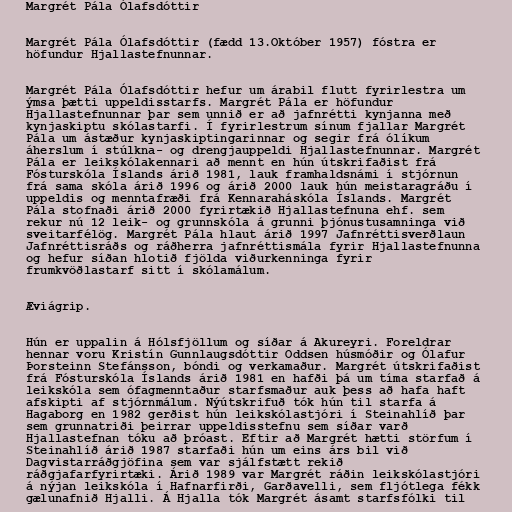
Margrét Pála Ólafsdóttir

Margrét Pála Ólafsdóttir (fædd 13.Október 1957) fóstra er
höfundur Hjallastefnunnar.

Margrét Pála Ólafsdóttir hefur um árabil flutt fyrirlestra um
ýmsa þætti uppeldisstarfs. Margrét Pála er höfundur
Hjallastefnunnar þar sem unnið er að jafnrétti kynjanna með
kynjaskiptu skólastarfi. Í fyrirlestrum sínum fjallar Margrét
Pála um ástæður kynjaskiptingarinnar og segir frá ólíkum
áherslum í stúlkna- og drengjauppeldi Hjallastefnunnar. Margrét
Pála er leikskólakennari að mennt en hún útskrifaðist frá
Fósturskóla Íslands árið 1981, lauk framhaldsnámi í stjórnun
frá sama skóla árið 1996 og árið 2000 lauk hún meistaragráðu í
uppeldis og menntafræði frá Kennaraháskóla Íslands. Margrét
Pála stofnaði árið 2000 fyrirtækið Hjallastefnuna ehf. sem
rekur nú 12 leik- og grunnskóla á grunni þjónustusamninga við
sveitarfélög. Margrét Pála hlaut árið 1997 Jafnréttisverðlaun
Jafnréttisráðs og ráðherra jafnréttismála fyrir Hjallastefnunna
og hefur síðan hlotið fjölda viðurkenninga fyrir
frumkvöðlastarf sitt í skólamálum.

Æviágrip.

Hún er uppalin á Hólsfjöllum og síðar á Akureyri. Foreldrar
hennar voru Kristín Gunnlaugsdóttir Oddsen húsmóðir og Ólafur
Þorsteinn Stefánsson, bóndi og verkamaður. Margrét útskrifaðist
frá Fósturskóla Íslands árið 1981 en hafði þá um tíma starfað á
leikskóla sem ófagmenntaður starfsmaður auk þess að hafa haft
afskipti af stjórnmálum. Nýútskrifuð tók hún til starfa á
Hagaborg en 1982 gerðist hún leikskólastjóri í Steinahlíð þar
sem grunnatriði þeirrar uppeldisstefnu sem síðar varð
Hjallastefnan tóku að þróast. Eftir að Margrét hætti störfum í
Steinahlíð árið 1987 starfaði hún um eins árs bil við
Dagvistarráðgjöfina sem var sjálfstætt rekið
ráðgjafarfyrirtæki. Árið 1989 var Margrét ráðin leikskólastjóri
á nýjan leikskóla í Hafnarfirði, Garðavelli, sem fljótlega fékk
gælunafnið Hjalli. Á Hjalla tók Margrét ásamt starfsfólki til